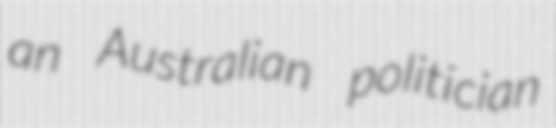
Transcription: an Australian politician